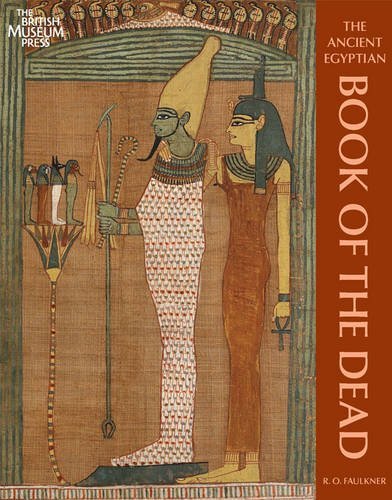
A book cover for The Ancient Egyptian Book of the Dead by Raymond O. Faulkner (15-Nov-2010) Paperback; Raymond O. Faulkner; Religion & Spirituality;